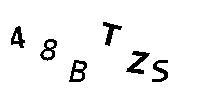
48BTZS